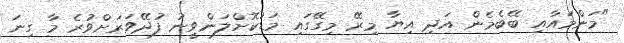
"މަންމައާއި ބޭބެމެން އަދި އިޔާ މިރޭ މިގޭގައި މަޑުކޮށްލަންވީނު ފުދޭވަރަށްވުރެ މާ ގިނަ